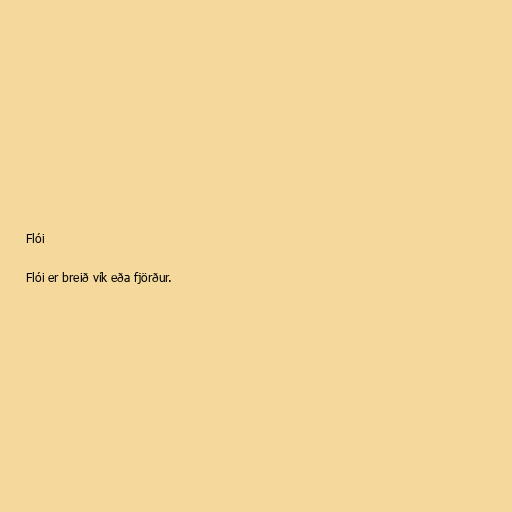
Flói

Flói er breið vík eða fjörður.